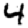
Digit: 4